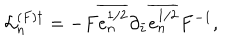
LaTeX: { \cal L } _ { n } ^ { ( F ) \dagger } = - F \overline { { { e _ { n } ^ { 1 / 2 } } } } \partial _ { \bar { z } } \overline { { { e _ { n } ^ { 1 / 2 } } } } F ^ { - 1 } ,